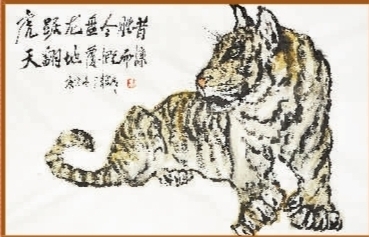
虎踞龙蟠何处是，只有兴亡满目。